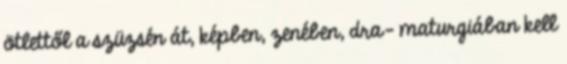
ötlettől a szüzsén át, képben, zenében, dra- maturgiában kell